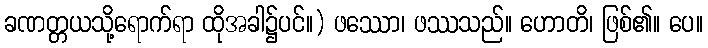
ခဏတ္တယသို့ရောက်ရာ ထိုအခါ၌ပင်။) ဖဿော၊ ဖဿသည်။ ဟောတိ၊ ဖြစ်၏။ ပေ။